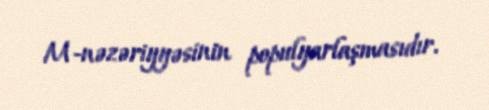
M-nəzəriyyəsinin populyarlaşmasıdır.